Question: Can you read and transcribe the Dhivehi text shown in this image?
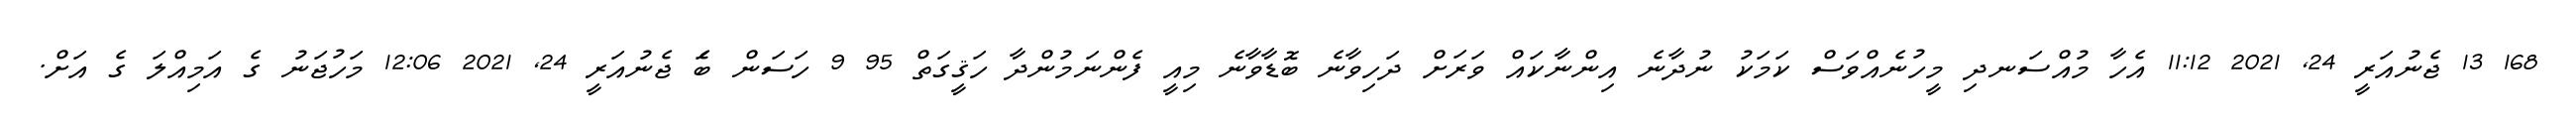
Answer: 168 13 ޖެނުއަރީ 24, 2021 11:12 އެހާ މުއްސަނދި މީހުނެއްވަސް ކަމަކު ނުދާނެ އިންނާކައް ވަރަށް ދަހިވާނެ ބޮޑާވާނެ މިއީ ފެންނަމުންދާ ހަޤީގަތް 95 9 ހަސަން ބަެ ޖެނުއަރީ 24, 2021 12:06 މަހުޖަނު ގެ އަމިއްލަ ގެ އަށް.